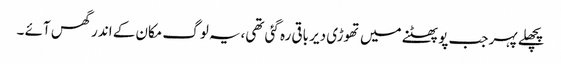
پچھلے پہر جب پو پھٹنے میں تھوڑی دیر باقی رہ گئی تھی،یہ لوگ مکان کے اندر گھس آئے ۔